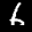
Label: 6